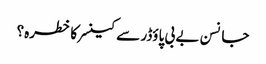
جانسن بے بی پاؤڈر سے کینسر کا خطرہ؟